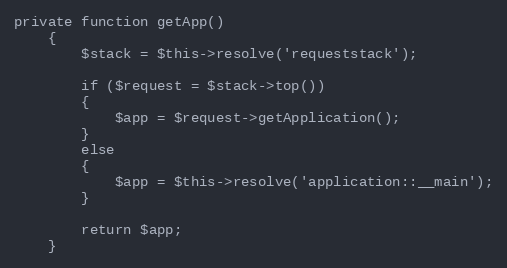
Language: PHP
private function getApp()
	{
		$stack = $this->resolve('requeststack');

		if ($request = $stack->top())
		{
			$app = $request->getApplication();
		}
		else
		{
			$app = $this->resolve('application::__main');
		}

		return $app;
	}